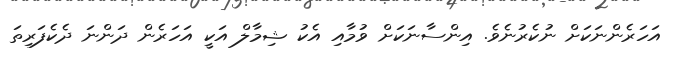
އަހަރެންނަކަށް ނުކެރުނެވެ. އިންސާނަކަށް ވުމާއި އެކު ޝިމާލް އަކީ އަހަރެން ދަންނަ ދެކެފަރިތަ